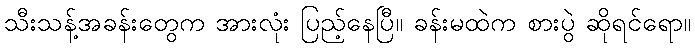
သီးသန့်အခန်းတွေက အားလုံး ပြည့်နေပြီ။ ခန်းမထဲက စားပွဲ ဆိုရင်ရော။